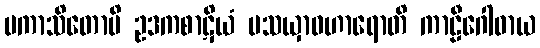
ပကာသိတောပိ ဥဒကစာဋိယံ ပသယှာဝဟာရောတိ ကာဠီဂေါဓာယ